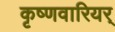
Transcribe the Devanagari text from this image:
कृष्णवारियर्